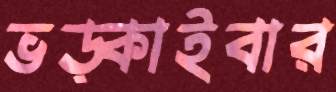
ভড়্‌কাইবার